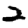
Digit: 2